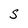
Character: S